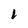
Character: 1